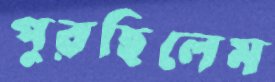
পুরছিলেম